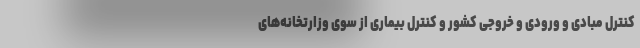
کنترل مبادی و ورودی و خروجی کشور و کنترل بیماری از سوی وزارتخانه‌های